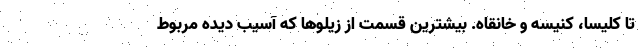
تا کلیسا، کنیسه و خانقاه. بیشترین قسمت از زیلوها که آسیب دیده مربوط